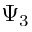
\Psi _ { 3 }